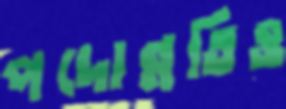
পদোন্নতিও